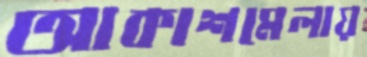
আকাশমেলায়